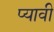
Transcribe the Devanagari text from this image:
प्यावी